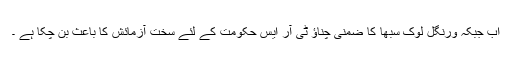
اب جبکہ ورنگل لوک سبھا کا ضمنی چناؤ ٹی آر ایس حکومت کے لئے سخت آزمائش کا باعث بن چکا ہے ۔